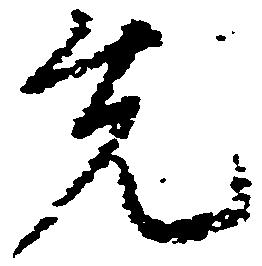
先